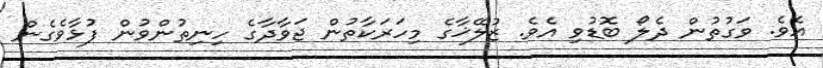
އެވެ. ވަގުތުން ދެލޯ ބޮޑުވި އެވެ. ޒުލޭޚާގެ މިހަރަކާތުން ޖަވާދާގެ ހިނިތުންވުން ފުޅާވެގެން